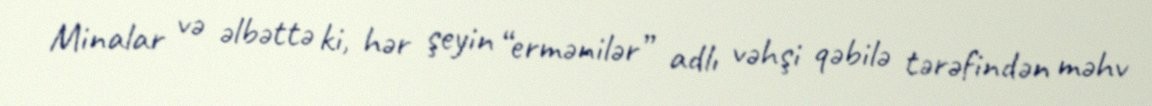
Minalar və əlbəttə ki, hər şeyin “ermənilər” adlı vəhşi qəbilə tərəfindən məhv